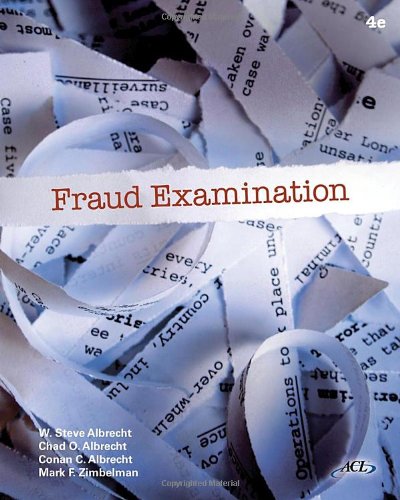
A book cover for Fraud Examination; W. Steve Albrecht; Business & Money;